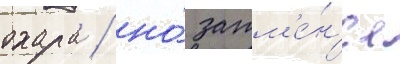
охара / но́ затм'е́н'ие